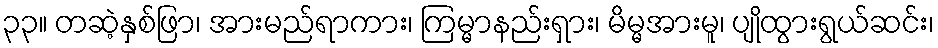
၃၃။ တဆဲ့နှစ်ဖြာ၊ အားမည်ရာကား၊ ကြမ္မာနည်းရှား၊ မိမ္မအားမူ၊ ပျိုထွားရွယ်ဆင်း၊